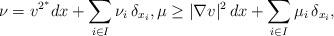
LaTeX: \begin{align*} \nu = v^{2^\ast} dx + \sum_{i \in I} \nu_i\, \delta_{x_i}, \mu \ge |\nabla v|^2\, dx + \sum_{i \in I} \mu_i\, \delta_{x_i},\end{align*}